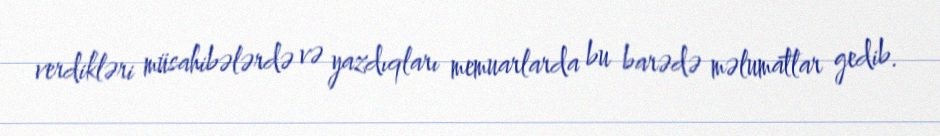
verdikləri müsahibələrdə və yazdıqları memuarlarda bu barədə məlumatlar gedib.